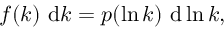
f ( k ) ~ \mathrm { d } k = p ( \ln k ) ~ \mathrm { d } \ln k ,